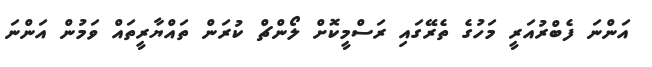
އަންނަ ފެބްރުއަރީ މަހުގެ ތެރޭގައި ރަސްމީކޮށް ލޯންޗް ކުރަން ތައްޔާރީތައް ވަމުން އަންނަ